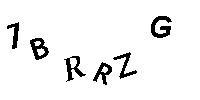
7BRRZG